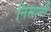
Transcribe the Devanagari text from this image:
निसानी